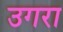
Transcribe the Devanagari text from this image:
उगरा